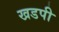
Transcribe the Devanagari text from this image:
खडपी